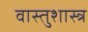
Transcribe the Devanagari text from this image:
वास्‍तुशास्‍त्र